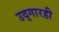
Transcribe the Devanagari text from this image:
उद्‌गारही